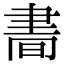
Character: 𦘘